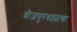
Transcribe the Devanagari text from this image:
वीजपुरवठ्याचा